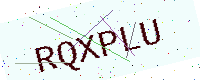
Text: RQXPLU